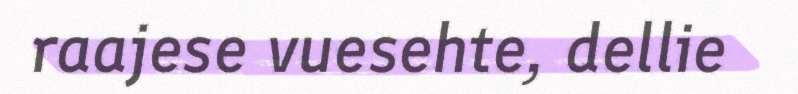
raajese vuesehte, dellie